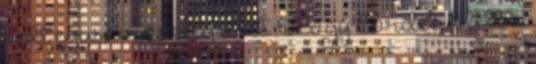
volt egyszer és elég volt. Hogy Cordelia lett a